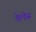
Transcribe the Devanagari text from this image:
वेल्‍डेस